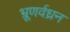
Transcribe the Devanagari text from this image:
भ्रूणर्वध्रन